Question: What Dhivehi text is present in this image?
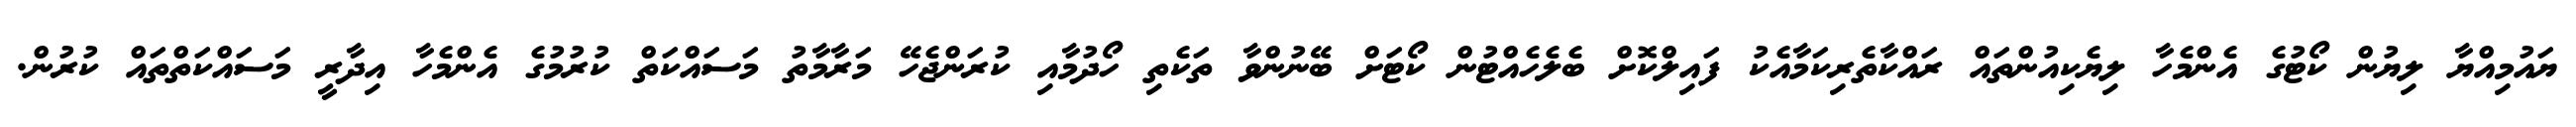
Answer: ޔައުމިއްޔާ ލިޔުން ކޯޓުގެ އެންމެހާ ލިޔެކިއުންތައް ރައްކާތެރިކަމާއެކު ފައިލްކޮށް ބެލެހެއްޓުން ކޯޓަށް ބޭނުންވާ ތަކެތި ހޯދުމާއި ކުރަންޖެހޭ މަރާމާތު މަސައްކަތް ކުރުމުގެ އެންމެހާ އިދާރީ މަސައްކަތްތައް ކުރުން.